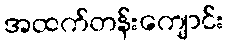
အထက်တန်းကျောင်း